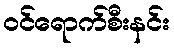
ဝင်ရောက်စီးနင်း